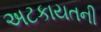
અટકાયતની